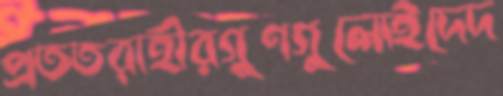
প্রততরাহীরগুণগুলোইদেদ